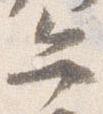
弁